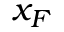
x _ { F }